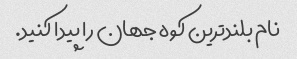
نام بلندترین کوه جهان را پیدا کنید.